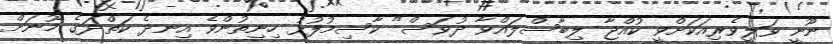
ނޫނީ ވަލީވެރިއަކަށްވީ ކުއްޖާ ލިބާސްލައްވާ ދުވަސް" ކާސިމުފުޅު ހިނިތުންވެ އިނދެ ކަތްދަގެ މޫނަށް